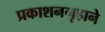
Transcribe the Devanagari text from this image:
प्रकाशनगृहाने